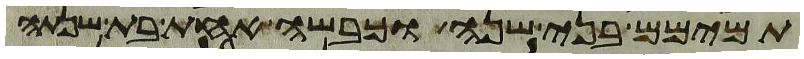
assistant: תמימם בני שנה וכבשה אחת בת שנתה